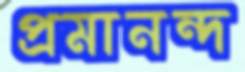
প্রমানন্দ